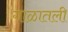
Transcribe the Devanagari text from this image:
गाळातली